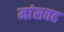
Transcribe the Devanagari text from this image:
मांसवह